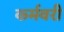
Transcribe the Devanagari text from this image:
कर्मवरी